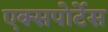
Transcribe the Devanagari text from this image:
एक्सपोर्टेस